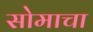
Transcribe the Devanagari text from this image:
सोमाचा